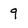
Character: 9